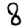
Digit: 8